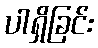
ပါရှိခြင်း